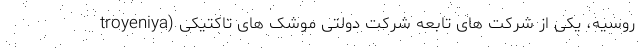
troyeniya) روسیه، یکی از شرکت های تابعه شرکت دولتی موشک های تاکتیکی